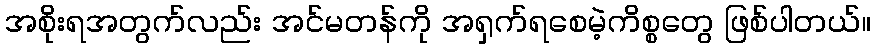
အစိုးရအတွက်လည်း အင်မတန်ကို အရှက်ရစေမဲ့ကိစ္စတွေ ဖြစ်ပါတယ်။